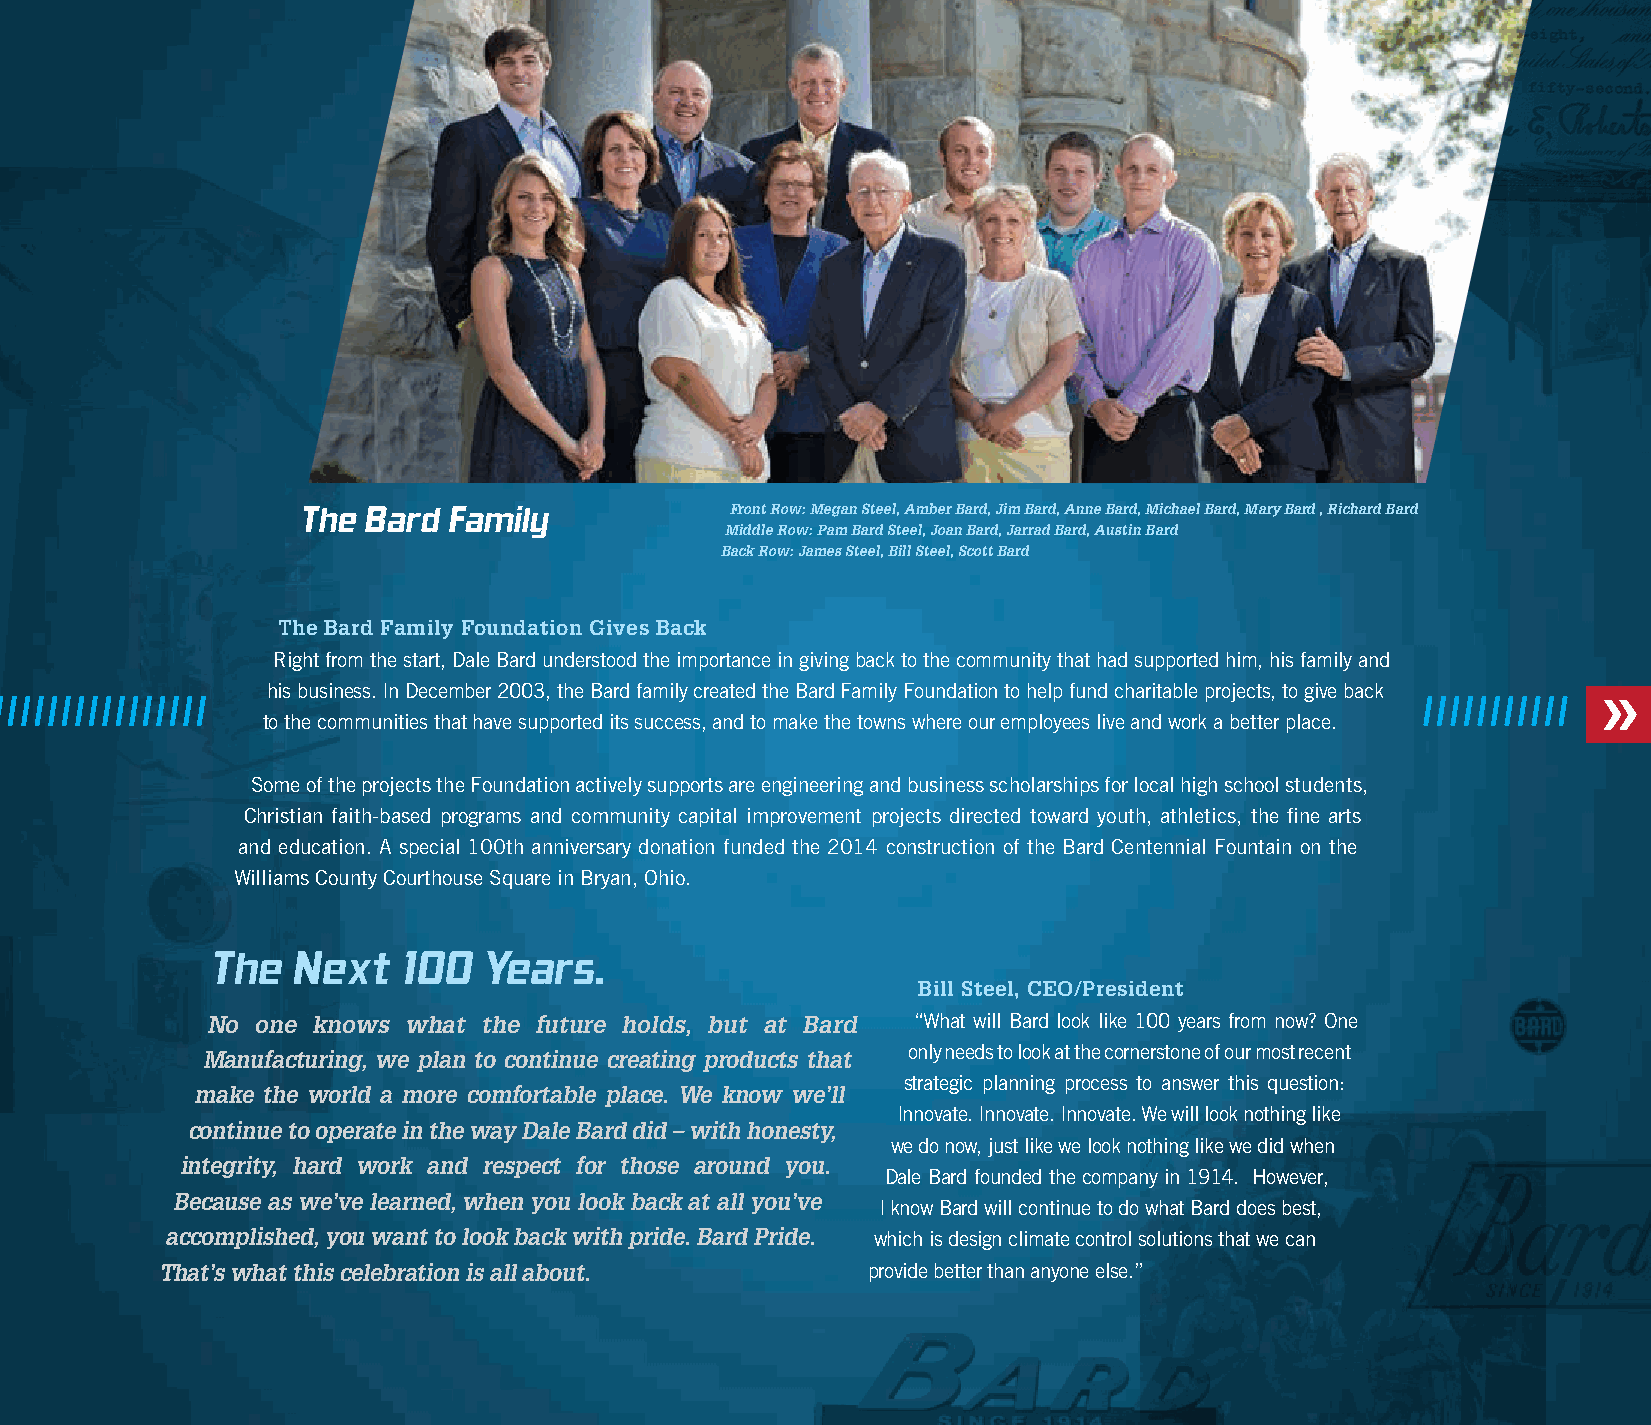
The Bard  Family            Front Row: Megan Steel, Amber Bard, Jim Bard, Anne Bard, Michael Bard, Mary Bard , Richard Bard
 Middle Row: Pam Bard Steel, Joan Bard, Jarrad Bard, Austin Bard
 Back Row: James Steel, Bill Steel, Scott Bard
 the Bard family foundation gives Back
 Right from the start, Dale Bard understood the importance in giving back to the community that had supported him, his family and
 his business. In December 2003, the Bard family created the Bard Family Foundation to help fund charitable projects, to give back
 to the communities that have supported its success, and to make the towns where our employees live and work a better place.
 Some of the projects the Foundation actively supports are engineering and business scholarships for local high school students,
 Christian faith-based programs and community capital improvement projects directed toward youth, athletics, the fine arts
 and education. A special 100th anniversary donation funded the 2014 construction of the Bard Centennial Fountain on the
 Williams County Courthouse Square in Bryan, Ohio.
 The   Next   100  Years.
 Bill steel, cEo/President
 No one knows what the future holds, but at Bard “What will Bard look like 100 years from now? One
 only needs to look at the cornerstone of our most recent
 Manufacturing, we plan to continue creating products that
 strategic planning process to answer this question:
 make the world a more comfortable place. We know we’ll
 Innovate. Innovate. Innovate. We will look nothing like
 continue to operate in the way Dale Bard did – with honesty,
 we do now, just like we look nothing like we did when
 integrity, hard work and respect for those around you.
 Dale Bard founded the company in 1914. However,
 Because as we’ve learned, when you look back at all you’ve
 I know Bard will continue to do what Bard does best,
 accomplished, you want to look back with pride. Bard Pride. which is design climate control solutions that we can
 That’s what this celebration is all about.    provide better than anyone else.”